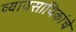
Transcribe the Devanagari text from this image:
व्यावसायिकांचे